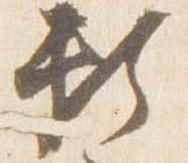
頼